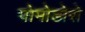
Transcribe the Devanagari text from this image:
पोमोडोरो